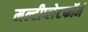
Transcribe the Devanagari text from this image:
मल्टीप्लेटफॉर्म